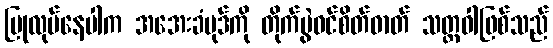
ပြုလုပ်နေပါက အအေးခံမုဒ်ကို တိုက်ပွဲဝင်စိတ်ဓာတ် သတ္တဝါဖြစ်သည်